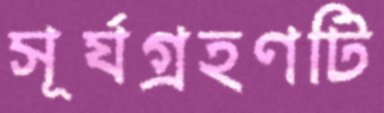
সূর্যগ্রহণটি